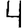
Digit: 4